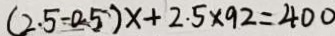
( 2 . 5 - 0 . 5 ) x + 2 . 5 \times 9 2 = 4 0 0